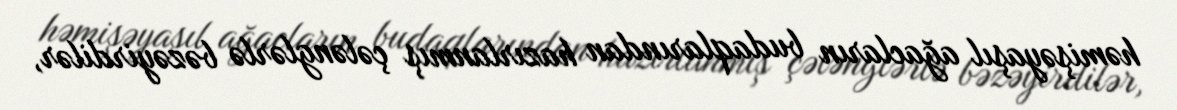
həmişəyaşıl ağacların budaqlarından hazırlanmış çələnglərlə bəzəyirdilər,